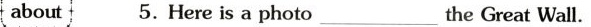
about5. Here is a photo\underline the Great Wall.